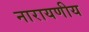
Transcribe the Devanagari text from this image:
नारायणीय